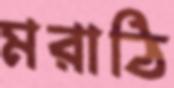
মরাঠি